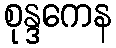
စုန္ဒကေန